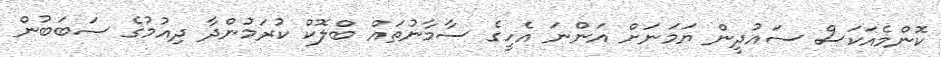
ކޮންމެއަކަސް ސައުދީން ޔަމަނަށް އަންނަ އެހީގެ ސާމާނުތައް ބްލޮކް ކުރަމުންދާ ދިއުމުގެ ސަބަބުން